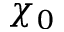
\chi _ { 0 }